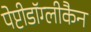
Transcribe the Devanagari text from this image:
पेप्टीडॉग्लीकैन